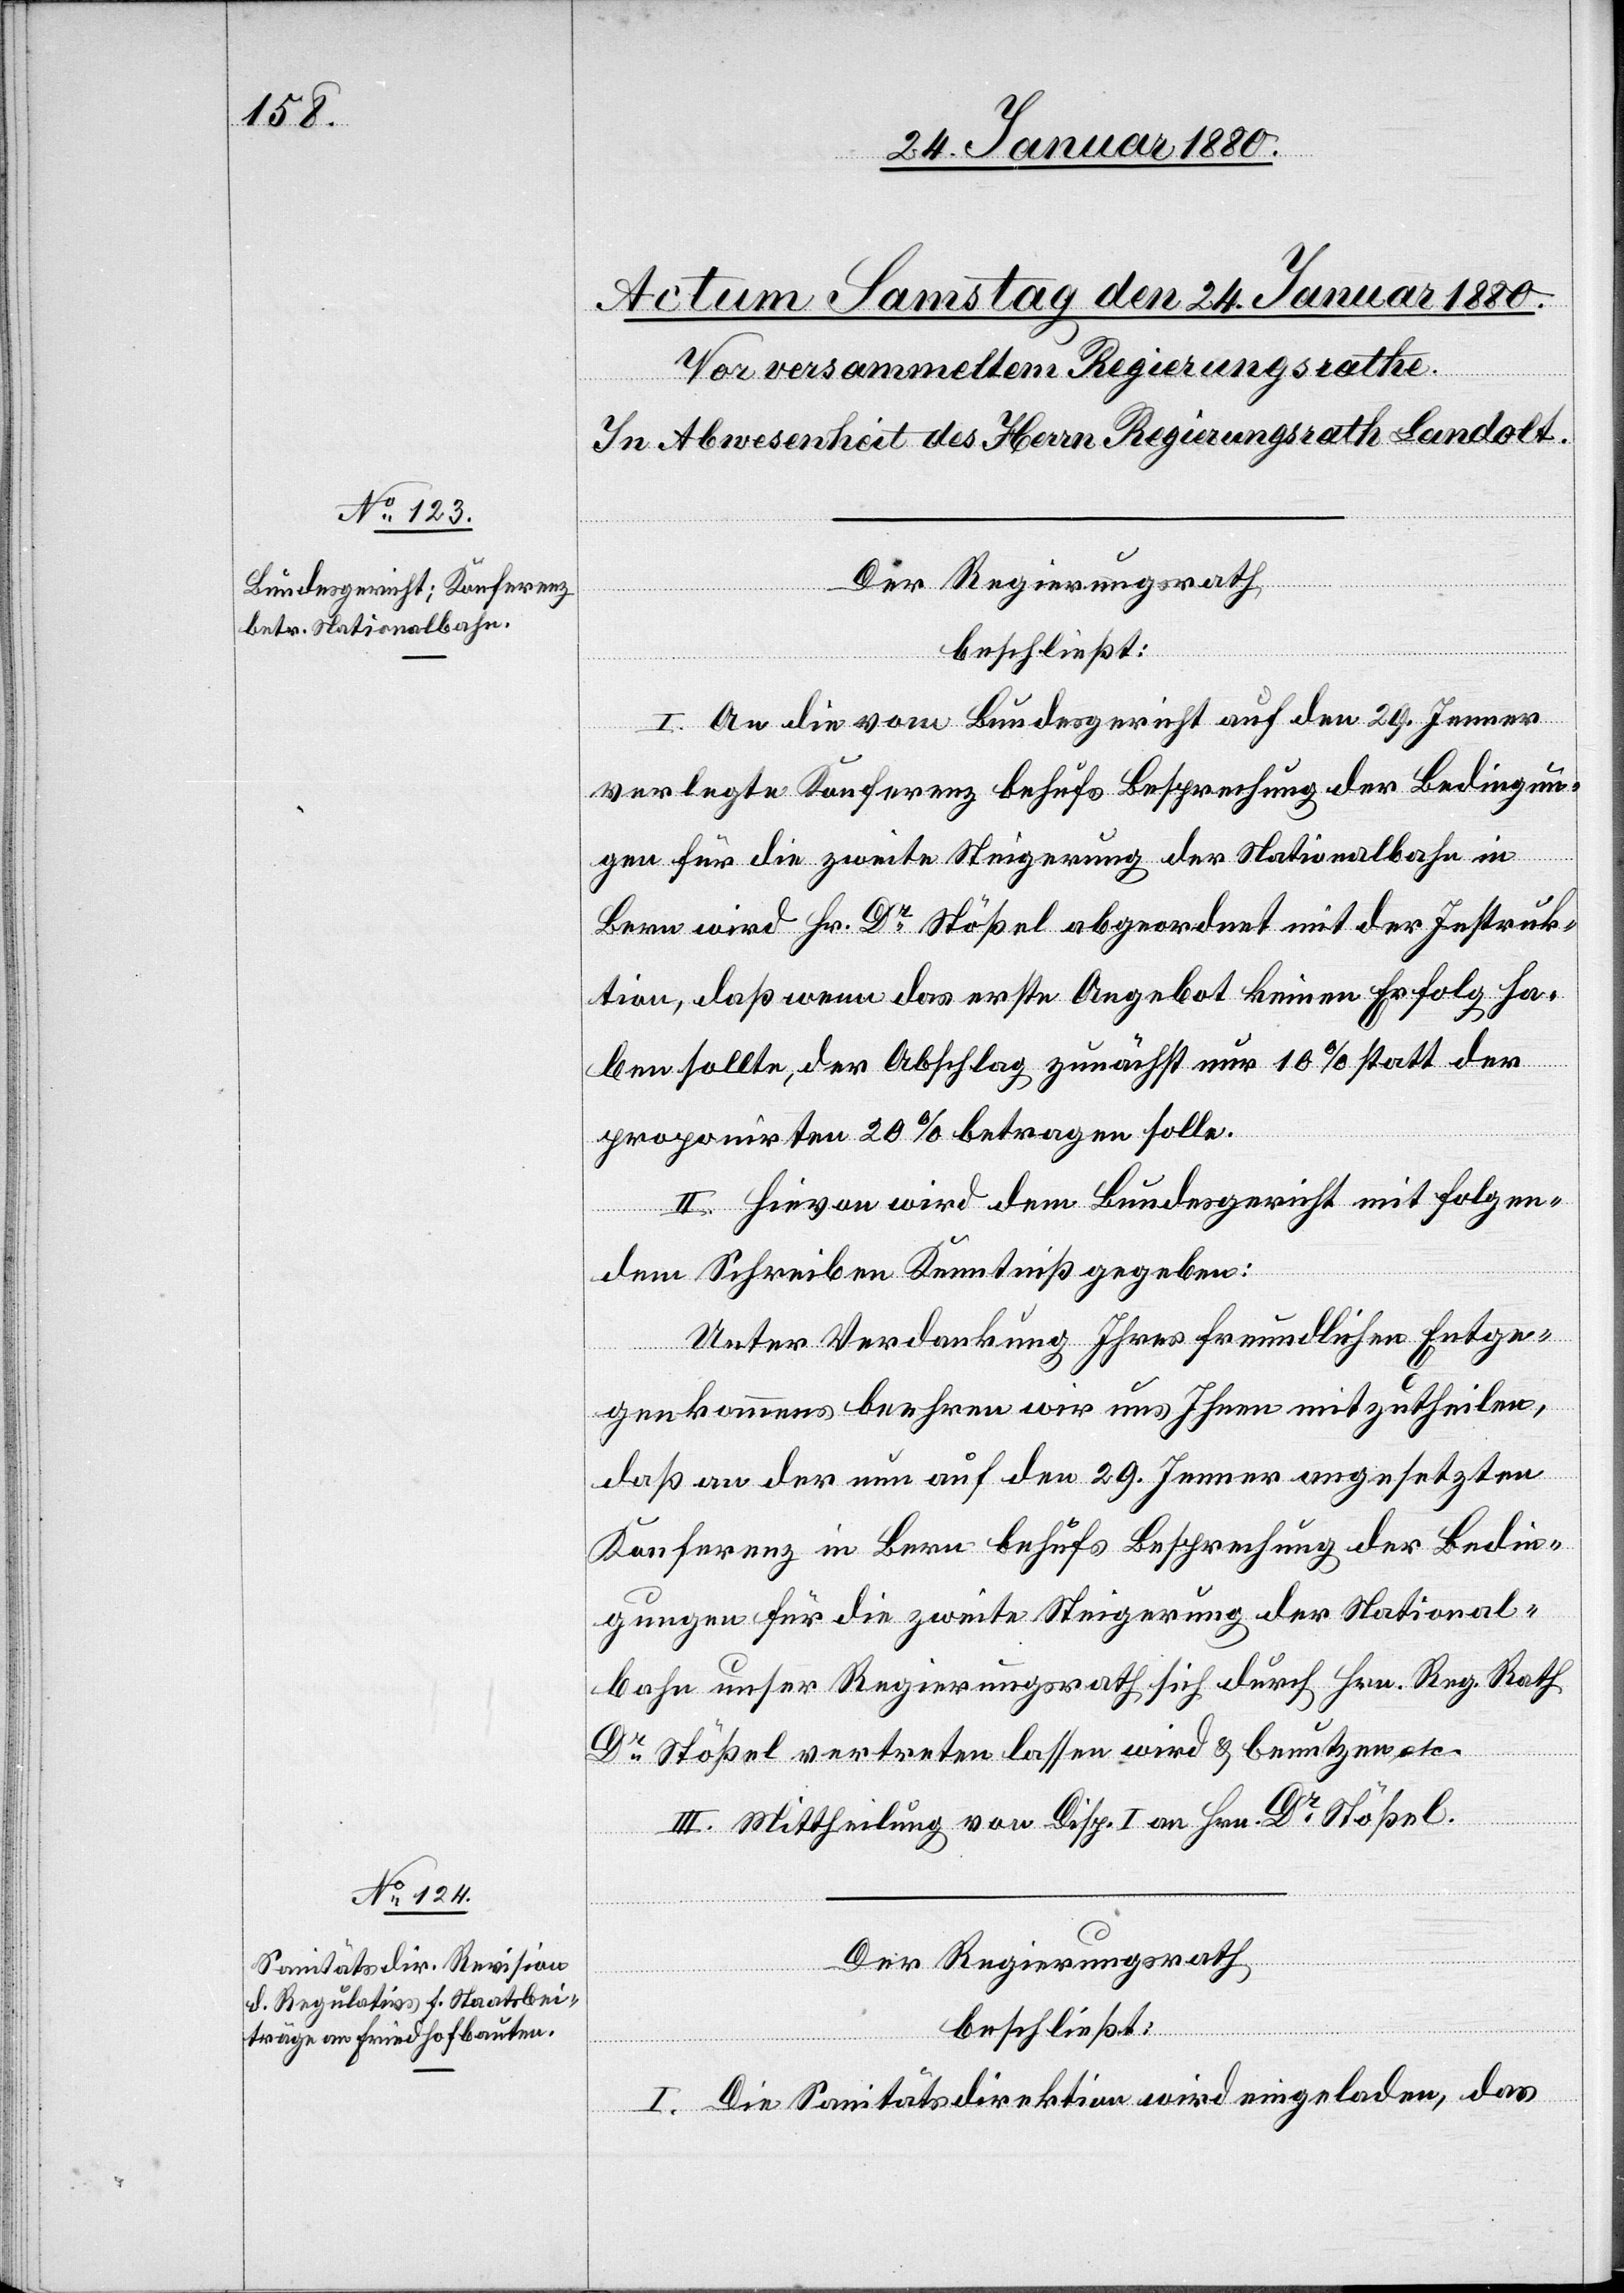
Der Regierungsrath,
beschließt:
I. An die vom Bundesgericht auf den 29. Jenner
verlegte Konferenz behufs Besprechung der Bedingun¬
gen für die zweite Steigerung der Nationalbahn in
Bern wird Hr. Dr Stößel abgeordnet mit der Instruk¬
tion, daß wenn das erste Angebot keinen Erfolg he¬
ben sollte, der Abschlag zunächst nur 10% statt der
proponirten 20% betragen solle.
II. Hievon wird dem Bundesgericht mit folgen¬
dem Schreiben Kenntniß gegeben:
Unter Verdankung Ihres freundlichen Entge¬
genkommens beehren wir uns Ihnen mitzutheilen,
daß an der nun auf den 29. Jenner angesetzten
Konferenz in Bern behufs Besprechung der Bedin¬
gungen für die zweite Steigerung der National¬
bahn unser Regierungsrath sich durch Hrn. Reg. Rath
Dr Stößel vertreten lassen wird & benutzen etc.
III. Mittheilung von Disp. I an Hrn. Dr Stößel.
Der Regierungsrath
beschließt:
I. Die Sanitätsdirektion wird eingeladen, das